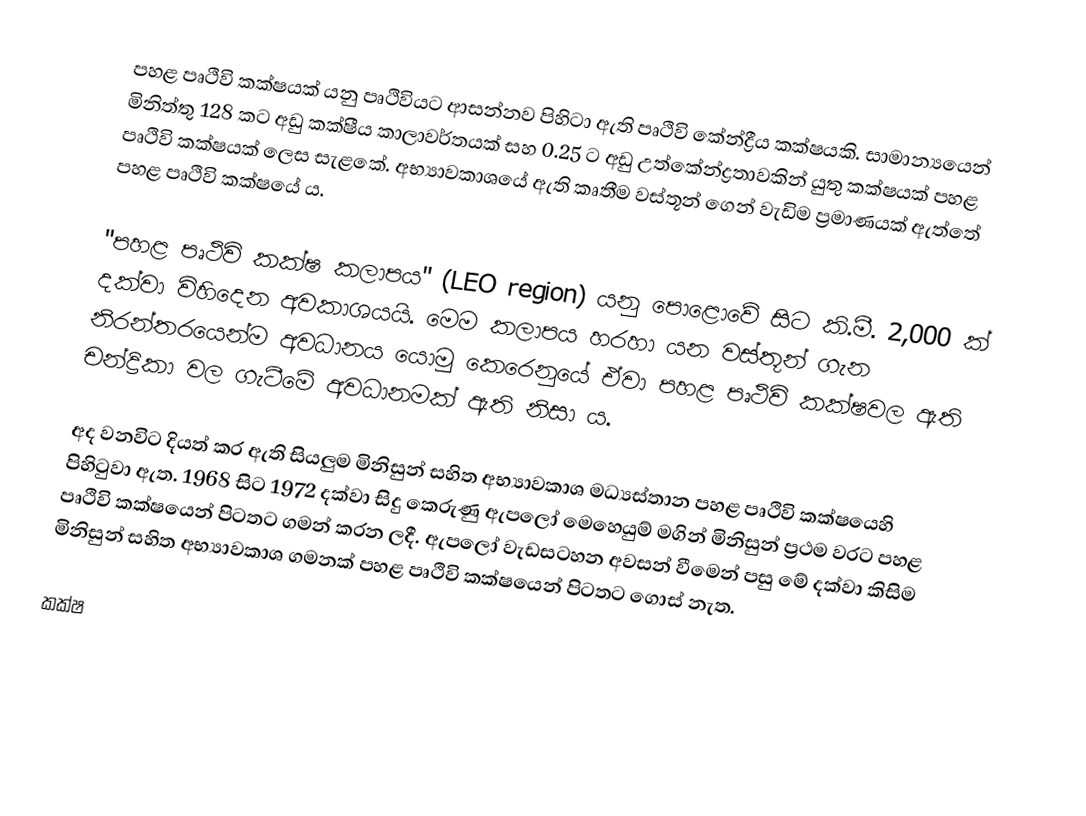
පහළ පෘථිවි කක්ෂයක් යනු පෘථිවියට ආසන්නව පිහිටා ඇති පෘථිවි කේන්ද්‍රීය කක්ෂයකි. සාමාන්‍යයෙන් මිනිත්තු 128 කට අඩු කක්ෂීය කාලාවර්තයක් සහ 0.25 ට අඩු උත්කේන්ද්‍රතාවකින් යුතු කක්ෂයක් පහළ පෘථිවි කක්ෂයක් ලෙස සැළකේ. අභ්‍යාවකාශයේ ඇති කෘතීම වස්තූන් ගෙන් වැඩිම ප්‍රමාණයක් ඇත්තේ පහළ පෘථිවි කක්ෂයේ ය.

"පහළ පෘථිවි කක්ෂ කලාපය" (LEO region) යනු පොළොවේ සිට කි.මී. 2,000 ක් දක්වා විහිදෙන අවකාශයයි. මෙම කලාපය හරහා යන වස්තූන් ගැන නිරන්තරයෙන්ම අවධානය යොමු කෙරෙනුයේ ඒවා පහළ පෘථිවි කක්ෂවල ඇති චන්ද්‍රිකා වල ගැටීමේ අවධානමක් ඇති නිසා ය.

අද වනවිට දියත් කර ඇති සියලුම මිනිසුන් සහිත අභ්‍යාවකාශ මධ්‍යස්තාන පහළ පෘථිවි කක්ෂයෙහි පිහිටුවා ඇත. 1968 සිට 1972 දක්වා සිදු කෙරුණු ඇපලෝ මෙහෙයුම් මගින් මිනිසුන් ප්‍රථම වරට පහළ පෘථිවි කක්ෂයෙන් පිටතට ගමන් කරන ලදී. ඇපලෝ වැඩසටහන අවසන් වීමෙන් පසු මේ දක්වා කිසිම මිනිසුන් සහිත අභ්‍යාවකාශ ගමනක් පහළ පෘථිවි කක්ෂයෙන් පිටතට ගොස් නැත.

කක්ෂ